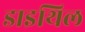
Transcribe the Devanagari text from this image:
डाइथिल